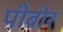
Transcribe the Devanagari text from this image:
पीबोर